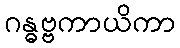
ဂန္ဓဗ္ဗကာယိကာ